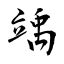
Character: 竬